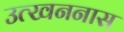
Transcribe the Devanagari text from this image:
उत्खननास